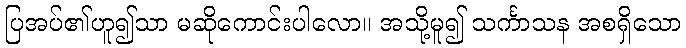
ပြအပ်၏ဟူ၍သာ မဆိုကောင်းပါလော။ အသို့မူ၍ သင်္ကာသန အစရှိသော